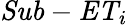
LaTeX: \mathit{Sub-ET}_{i}